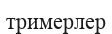
тримерлер